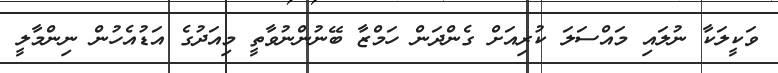
ވަކީލަކާ ނުލައި މައްސަލަ ކުރިއަށް ގެންދަން ހަމްޒާ ބޭނުންނުވާތީ މިއަދުގެ އަޑުއެހުން ނިންމާލީ